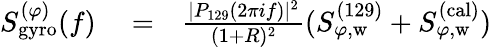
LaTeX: \begin{array}{rlr}{S_{\mathrm{gyro}}^{(\varphi)}(f)}&{{}=}&{\frac{|P_{129}(2\pi if)|^{2}}{(1+R)^{2}}(S_{\varphi,\mathrm{w}}^{(129)}+S_{\varphi,\mathrm{w}}^{(\mathrm{cal})})}\end{array}